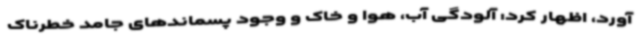
آورد، اظهار کرد: آلودگی آب، هوا و خاک و وجود پسماندهای جامد خطرناک